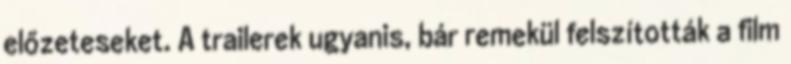
előzeteseket. A trailerek ugyanis, bár remekül felszították a film